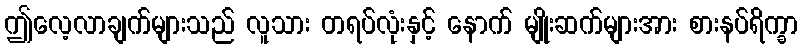
ဤလေ့လာချက်များသည် လူသား တရပ်လုံးနှင့် နောက် မျိုးဆက်များအား စားနပ်ရိက္ခာ